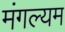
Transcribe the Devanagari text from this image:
मंगल्यम